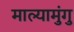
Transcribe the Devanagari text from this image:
माल्यामुंगु